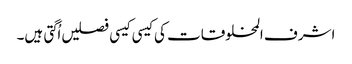
اشرف المخلوقات کی کیسی کیسی فصلیں اُگتی ہیں۔